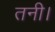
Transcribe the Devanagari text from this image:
तनी।